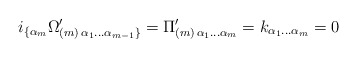
\begin{align*}i_{\{\alpha_m} \Omega' _{(m)\,\alpha_1 \dots \alpha_{m-1}\}} =\Pi'_{(m)\,\alpha_1\dots\alpha_m} = k_{\alpha_1\dots\alpha_m} = 0\end{align*}